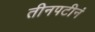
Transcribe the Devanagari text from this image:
तीनपटीनं